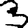
Digit: 3